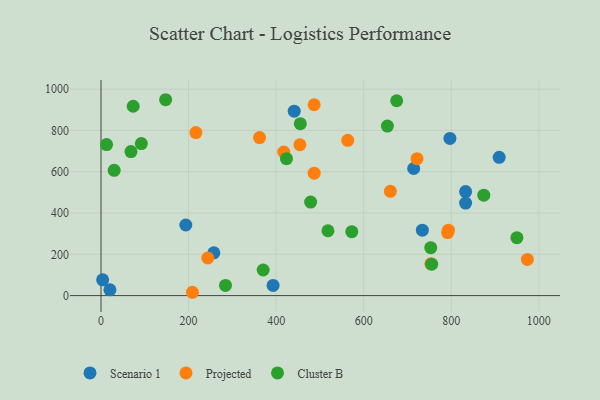
{"axis": {"x": "Speed", "y": "Profit"}, "legend": ["Cluster B", "Projected", "Scenario 1"], "data": [{"x": "441.3", "y": 893.3, "type": "Scenario 1"}, {"x": "20.4", "y": 27.9, "type": "Scenario 1"}, {"x": "909.4", "y": 670.1, "type": "Scenario 1"}, {"x": "832.7", "y": 503.8, "type": "Scenario 1"}, {"x": "193.7", "y": 342.1, "type": "Scenario 1"}, {"x": "3.7", "y": 76.5, "type": "Scenario 1"}, {"x": "257.7", "y": 207.1, "type": "Scenario 1"}, {"x": "832.7", "y": 448.1, "type": "Scenario 1"}, {"x": "733.9", "y": 317.1, "type": "Scenario 1"}, {"x": "796.9", "y": 761.3, "type": "Scenario 1"}, {"x": "393.0", "y": 49.4, "type": "Scenario 1"}, {"x": "714.1", "y": 615.8, "type": "Scenario 1"}, {"x": "486.9", "y": 593.2, "type": "Projected"}, {"x": "973.8", "y": 175.2, "type": "Projected"}, {"x": "362.1", "y": 765.5, "type": "Projected"}, {"x": "216.7", "y": 789.7, "type": "Projected"}, {"x": "417.4", "y": 695.7, "type": "Projected"}, {"x": "563.5", "y": 752.1, "type": "Projected"}, {"x": "791.7", "y": 305.2, "type": "Projected"}, {"x": "486.8", "y": 924.6, "type": "Projected"}, {"x": "243.9", "y": 182.1, "type": "Projected"}, {"x": "454.2", "y": 730.7, "type": "Projected"}, {"x": "660.9", "y": 505.0, "type": "Projected"}, {"x": "208.8", "y": 16.1, "type": "Projected"}, {"x": "721.8", "y": 663.2, "type": "Projected"}, {"x": "793.5", "y": 317.1, "type": "Projected"}, {"x": "753.4", "y": 153.8, "type": "Projected"}, {"x": "92.1", "y": 736.5, "type": "Cluster B"}, {"x": "572.8", "y": 309.5, "type": "Cluster B"}, {"x": "423.6", "y": 663.3, "type": "Cluster B"}, {"x": "478.8", "y": 453.2, "type": "Cluster B"}, {"x": "755.2", "y": 152.4, "type": "Cluster B"}, {"x": "455.2", "y": 832.7, "type": "Cluster B"}, {"x": "874.2", "y": 486.6, "type": "Cluster B"}, {"x": "147.6", "y": 948.9, "type": "Cluster B"}, {"x": "753.1", "y": 232.2, "type": "Cluster B"}, {"x": "675.3", "y": 944.0, "type": "Cluster B"}, {"x": "30.1", "y": 607.0, "type": "Cluster B"}, {"x": "949.9", "y": 280.4, "type": "Cluster B"}, {"x": "284.3", "y": 49.2, "type": "Cluster B"}, {"x": "68.4", "y": 697.9, "type": "Cluster B"}, {"x": "12.7", "y": 731.6, "type": "Cluster B"}, {"x": "654.1", "y": 821.4, "type": "Cluster B"}, {"x": "518.4", "y": 314.1, "type": "Cluster B"}, {"x": "370.4", "y": 124.0, "type": "Cluster B"}, {"x": "73.5", "y": 917.2, "type": "Cluster B"}]}